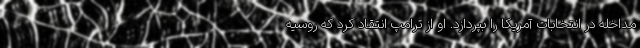
مداخله در انتخابات آمریکا را بپردازد. او از ترامپ انتقاد کرد که روسیه